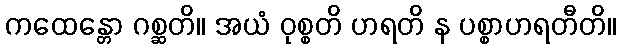
ကထေန္တော ဂစ္ဆတိ။ အယံ ဝုစ္စတိ ဟရတိ န ပစ္စာဟရတီတိ။